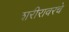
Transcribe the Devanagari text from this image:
शरीरावरचे